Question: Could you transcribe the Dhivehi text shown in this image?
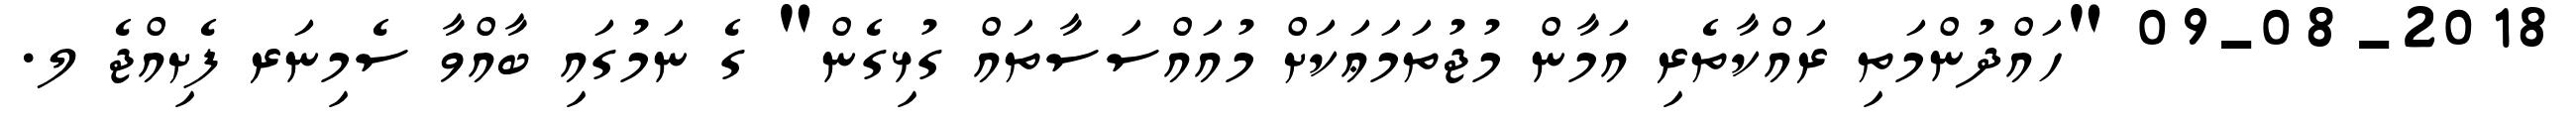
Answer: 09-08-2018 "ހައްދުންމަތި ރައްކާތެރި އަމާން މުޖުތަމަޢަކަށް މުއައްސަސާތައް ގުޅިގެން" ގެ ނަމުގައި ބާއްވާ ސެމިނަރ ފެށިއްޖެ ލ.